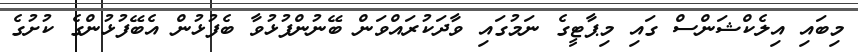
މިބައި އިލެކްޝަންސް ގައި މިޕާޓީގެ ނަމުގައި ވާދަކުރައްވަން ބޭނުންފުޅުވާ ބެފުޅުން އެބޭފުޅުންގެ ކުށުގެ